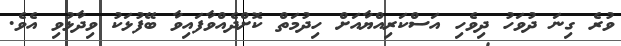
ވުރެ ގިނަ ދުވަހު ދިވެހި އަސްކަރިއްޔާއަށް ހިދުމަތް ކޮށްދެއްވާފައިވާ ބޭފުޅަކު ވިދާޅުވި އެވެ.